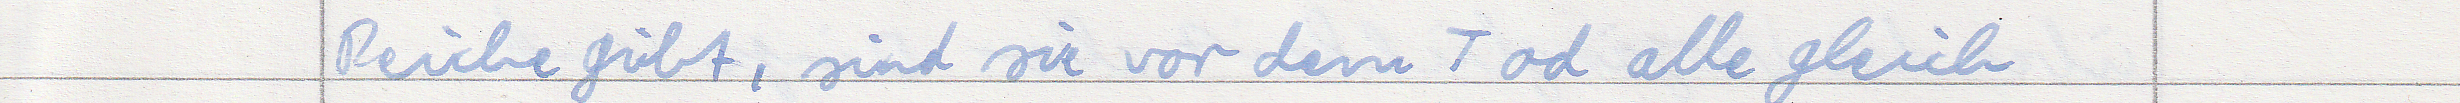
Reiche gibt, sind sie vor dem Tod alle gleich